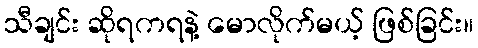
သီချင်း ဆိုရကရနဲ့ မောလိုက်မယ့် ဖြစ်ခြင်း။